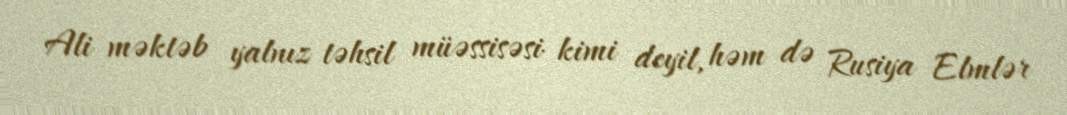
Ali məktəb yalnız təhsil müəssisəsi kimi deyil, həm də Rusiya Elmlər